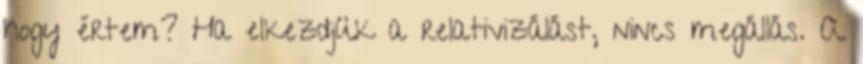
hogy értem? Ha elkezdjük a relativizálást, nincs megállás. A